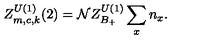
Z _ { m , c , k } ^ { U ( 1 ) } ( 2 ) = { \cal N } Z _ { B _ { + } } ^ { U ( 1 ) } \sum _ { x } n _ { x } .